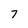
Character: 7